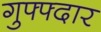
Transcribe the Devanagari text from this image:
गुफ्फ्दार